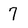
Character: 7